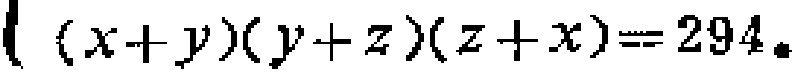
\((x + y)(y + z)(z + x)=294\)